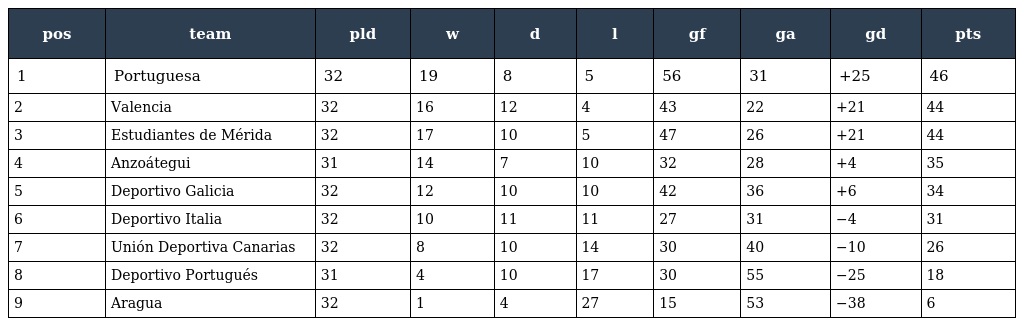
| pos | team | pld | w | d | l | gf | ga | gd | pts |
 | --- | --- | --- | --- | --- | --- | --- | --- | --- | --- |
 | 1 | Portuguesa | 32 | 19 | 8 | 5 | 56 | 31 | +25 | 46 |
 | 2 | Valencia | 32 | 16 | 12 | 4 | 43 | 22 | +21 | 44 |
 | 3 | Estudiantes de Mérida | 32 | 17 | 10 | 5 | 47 | 26 | +21 | 44 |
 | 4 | Anzoátegui | 31 | 14 | 7 | 10 | 32 | 28 | +4 | 35 |
 | 5 | Deportivo Galicia | 32 | 12 | 10 | 10 | 42 | 36 | +6 | 34 |
 | 6 | Deportivo Italia | 32 | 10 | 11 | 11 | 27 | 31 | −4 | 31 |
 | 7 | Unión Deportiva Canarias | 32 | 8 | 10 | 14 | 30 | 40 | −10 | 26 |
 | 8 | Deportivo Portugués | 31 | 4 | 10 | 17 | 30 | 55 | −25 | 18 |
 | 9 | Aragua | 32 | 1 | 4 | 27 | 15 | 53 | −38 | 6 |